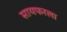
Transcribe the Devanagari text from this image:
सायफरला